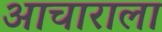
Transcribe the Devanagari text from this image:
आचाराला